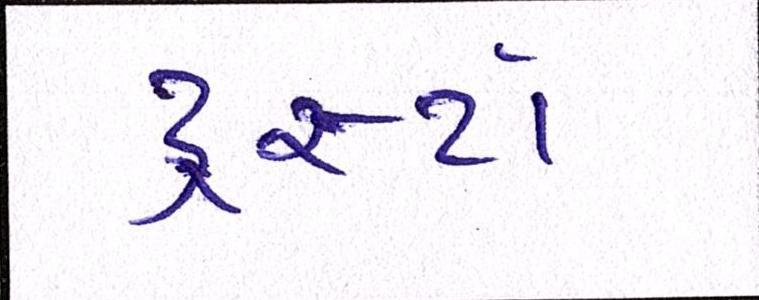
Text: ટ્રસ્ટો